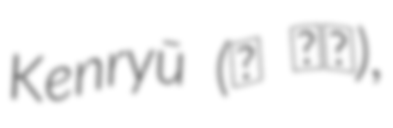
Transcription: Kenryū (毛 見龍),